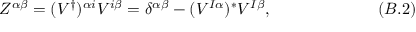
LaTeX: Z ^ { { \alpha } { \beta } } = ( V ^ { \dagger } ) ^ { { \alpha } i } V ^ { i { \beta } } = { \delta } ^ { { \alpha } { \beta } } - ( V ^ { I { \alpha } } ) ^ { * } V ^ { I { \beta } } , \eqno ( B . 2 )